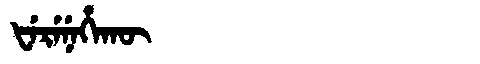
Manchu: ᡶᡝᡵᡝᠨᡝᡥᠠᡴᡡ
Romanization: FERENEHAKŪ